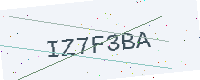
Text: IZ7F3BA